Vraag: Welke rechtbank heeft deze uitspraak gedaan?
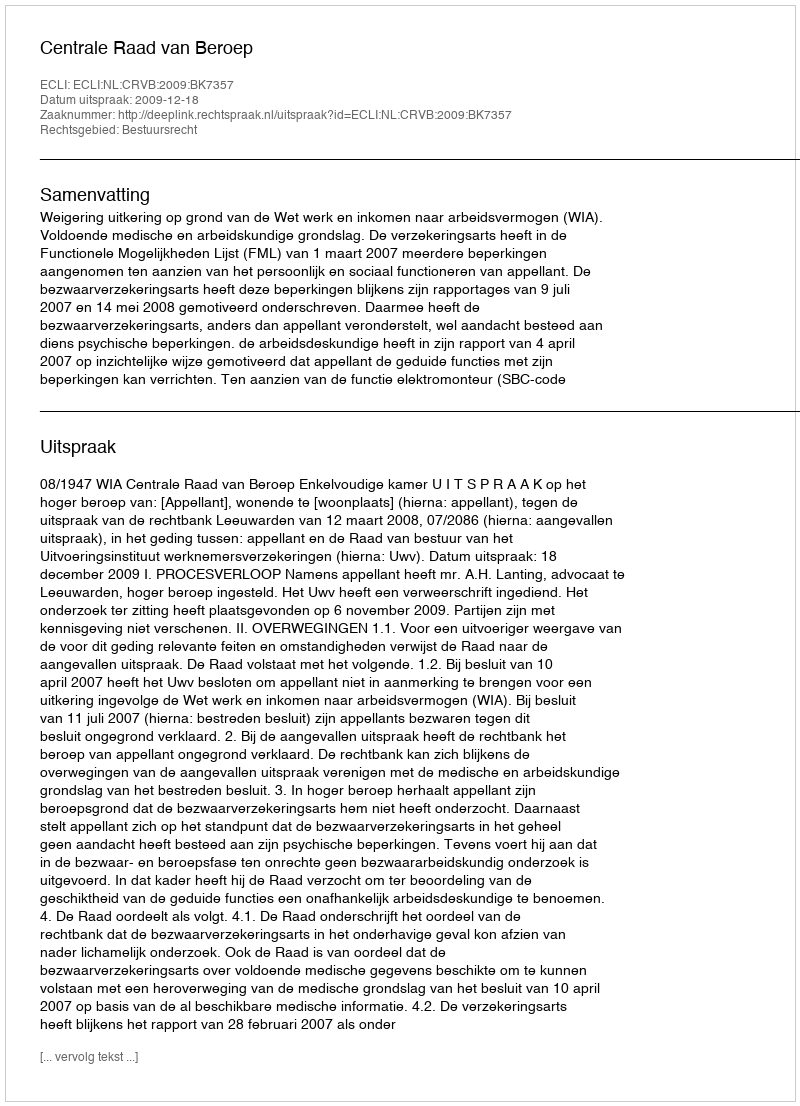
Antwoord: Centrale Raad van Beroep